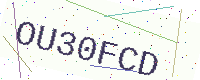
Text: OU30FCD